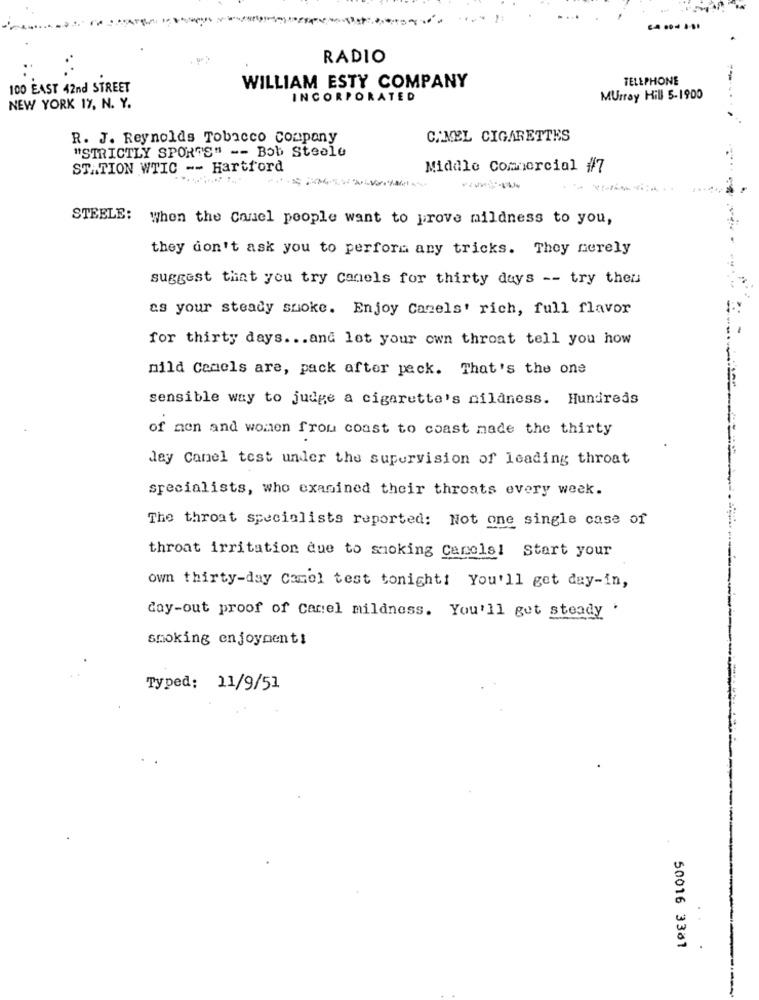
RADIO
TELEPHONE
100 EAST 42nd STREET
WILLIAM ESTY COMPANY
INCORPORATED
Murray Hill 5-1900
NEW YORK 17, N. Y.
R. J. Reynolds Tobacco company
CAMEL CIGARETTES
"STRICTLY SPORTS" -- Bob Steele
STATION WTIC -- Hartford
Middle Commercial #7
STEELE: When the Canel people want to prove mildness to you,
they don't ask you to perform any tricks. They nerely
suggest that you try conels for thirty days -- try then
as your steady smoke. Enjoy Camels' rich, full flavor
for thirty days ... and let your own throat tell you how
mild Camels are, pack after peck. That's the one
sensible way to judge a cigarette's nilaness. Hundreds
of men and women from coast to coast made the thirty
Jay Canel test under the supervision of leading throat
specialists, who examined their throats every week.
The throat specialists reported: Not one single case of
throat irritation due to smoking Carols! Start your
own thirty-day Camel test tonight! You'll get day-in,
day-out proof of carel mildness. You'll get steady .
smoking enjoyment!
Typed: 11/9/51
50016 3381